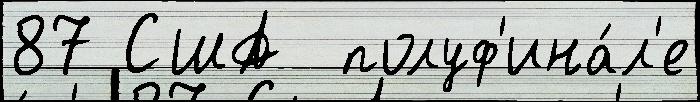
87 США  полуф'ина́л'е